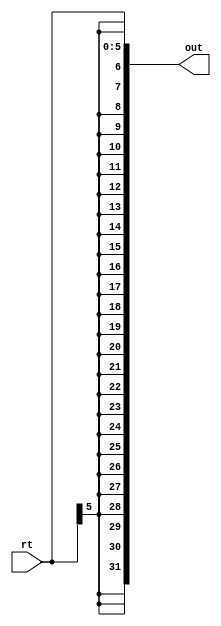
`timescale 1ns / 1ps
//////////////////////////////////////////////////////////////////////////////////
// Company: 
// Engineer: 
// 
// Design Name: 
// Module Name: sign_extend_rt
// Project Name: 
// Target Devices: 
// Tool Versions: 
// Description: 
// 
// Dependencies: 
// 
// Revision:
// Revision 0.01 - File Created
// Additional Comments:
// 
//////////////////////////////////////////////////////////////////////////////////


module sign_extend_rt(rt, out);
input [5:0] rt;
output reg [31:0] out;

always@(rt)
    begin
        out <= $signed(rt);
    end
endmodule